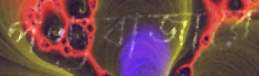
পণ্যবাজারে